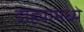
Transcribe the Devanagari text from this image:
दोह्यामध्ये